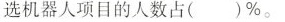
选机器人项目的人数占()%。